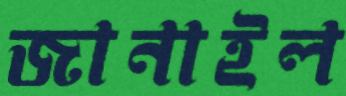
জানাইল